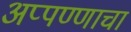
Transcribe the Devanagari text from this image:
अप्पण्णाचा